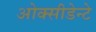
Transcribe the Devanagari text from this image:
ओक्सीडेन्टे